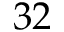
3 2